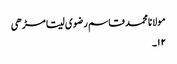
مولانا محمد قاسم رضوی سیتا مڑھی
۱۲۔